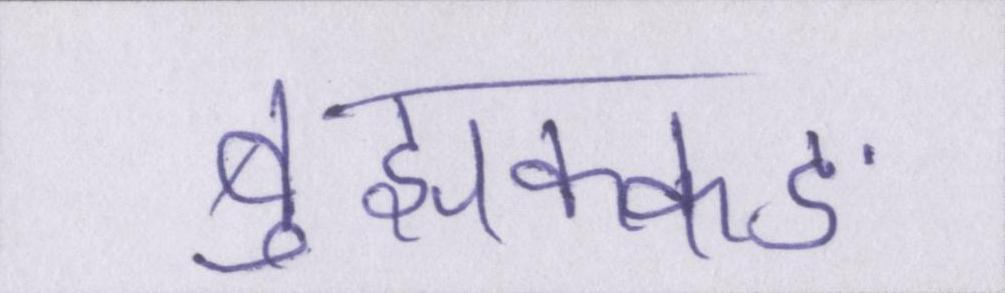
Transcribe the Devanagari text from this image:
बुझक्कङ